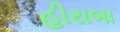
હીરાબા